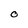
Character: O